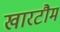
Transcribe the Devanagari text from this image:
खारटौम